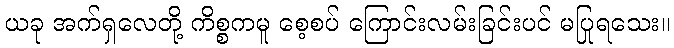
ယခု အက်ရှလေတို့ ကိစ္စကမူ စေ့စပ် ကြောင်းလမ်းခြင်းပင် မပြုရသေး။